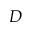
D